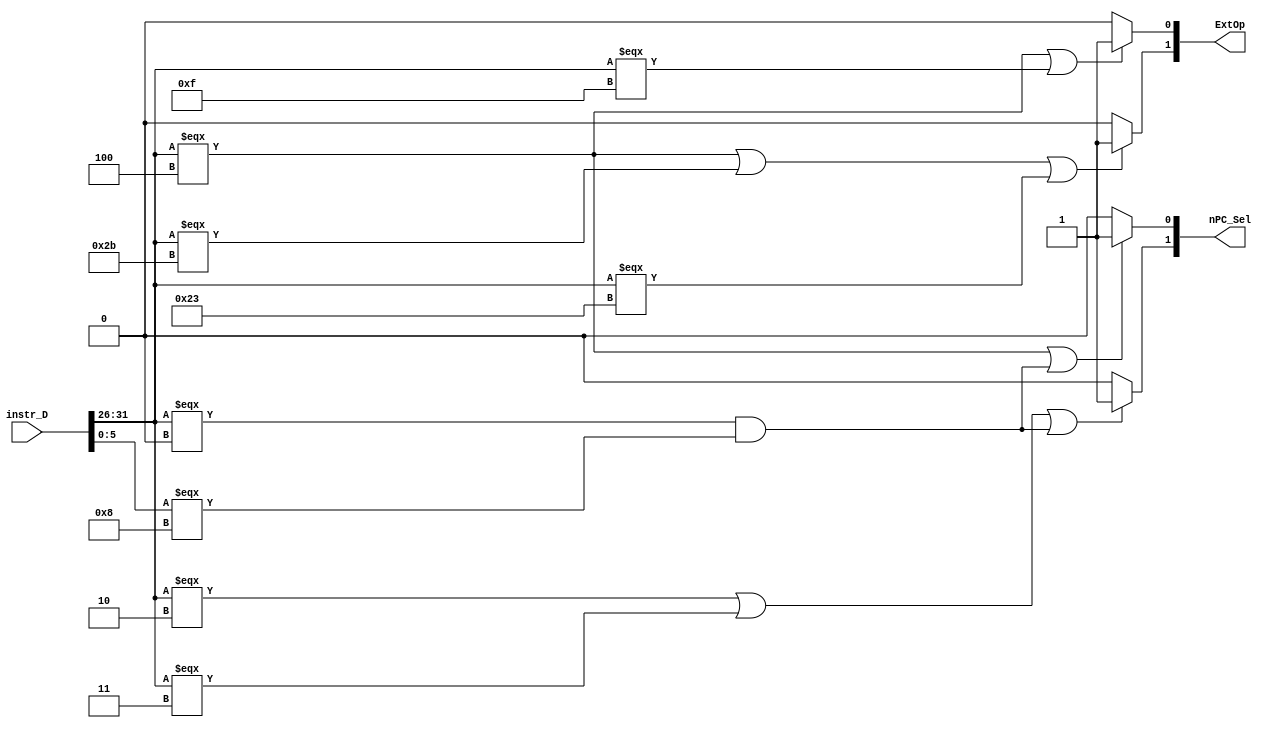
`timescale 1ns / 1ps
//////////////////////////////////////////////////////////////////////////////////
// Company: 
// Engineer: 
// 
// Design Name: 
// Module Name:    Controller 
// Project Name: 
// Target Devices: 
// Tool versions: 
// Description: 
//
// Dependencies: 
//
// Revision: 
// Revision 0.01 - File Created
// Additional Comments: 
//
//////////////////////////////////////////////////////////////////////////////////
`define op 31:26
`define funct 5:0
`define cal_r_op 6'b000000
`define addu_f 6'b100001
`define subu_f 6'b100011
`define ori 6'b001101
`define lw 6'b100011
`define sw 6'b101011
`define beq 6'b000100
`define lui 6'b001111
`define j 6'b000010
`define jal 6'b000011
`define jr_f 6'b001000
module controller_D(
	 input [31:0] instr_D,
	 output [1:0] ExtOp,
	 output [1:0] nPC_Sel
    );

	 assign ExtOp[1] = (instr_D[`op] === `beq || instr_D[`op] === `sw || instr_D[`op] === `lw)?1:0;
	 assign ExtOp[0] = (instr_D[`op] === `beq || instr_D[`op] === `lui)?1:0;
	 assign nPC_Sel[1] = (instr_D[`op] === `j || instr_D[`op] === `jal || (instr_D[`op] === `cal_r_op && instr_D[`funct] === `jr_f))?1:0;
	 assign nPC_Sel[0] = (instr_D[`op] === `beq || (instr_D[`op] === `cal_r_op && instr_D[`funct] === `jr_f))?1:0;

endmodule